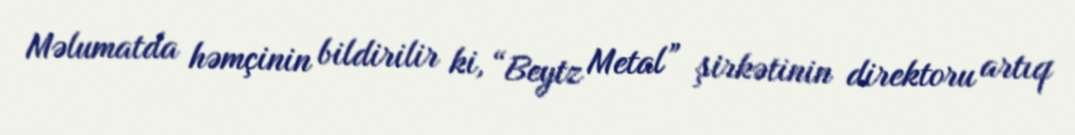
Məlumatda həmçinin bildirilir ki, “Beytz Metal” şirkətinin direktoru artıq